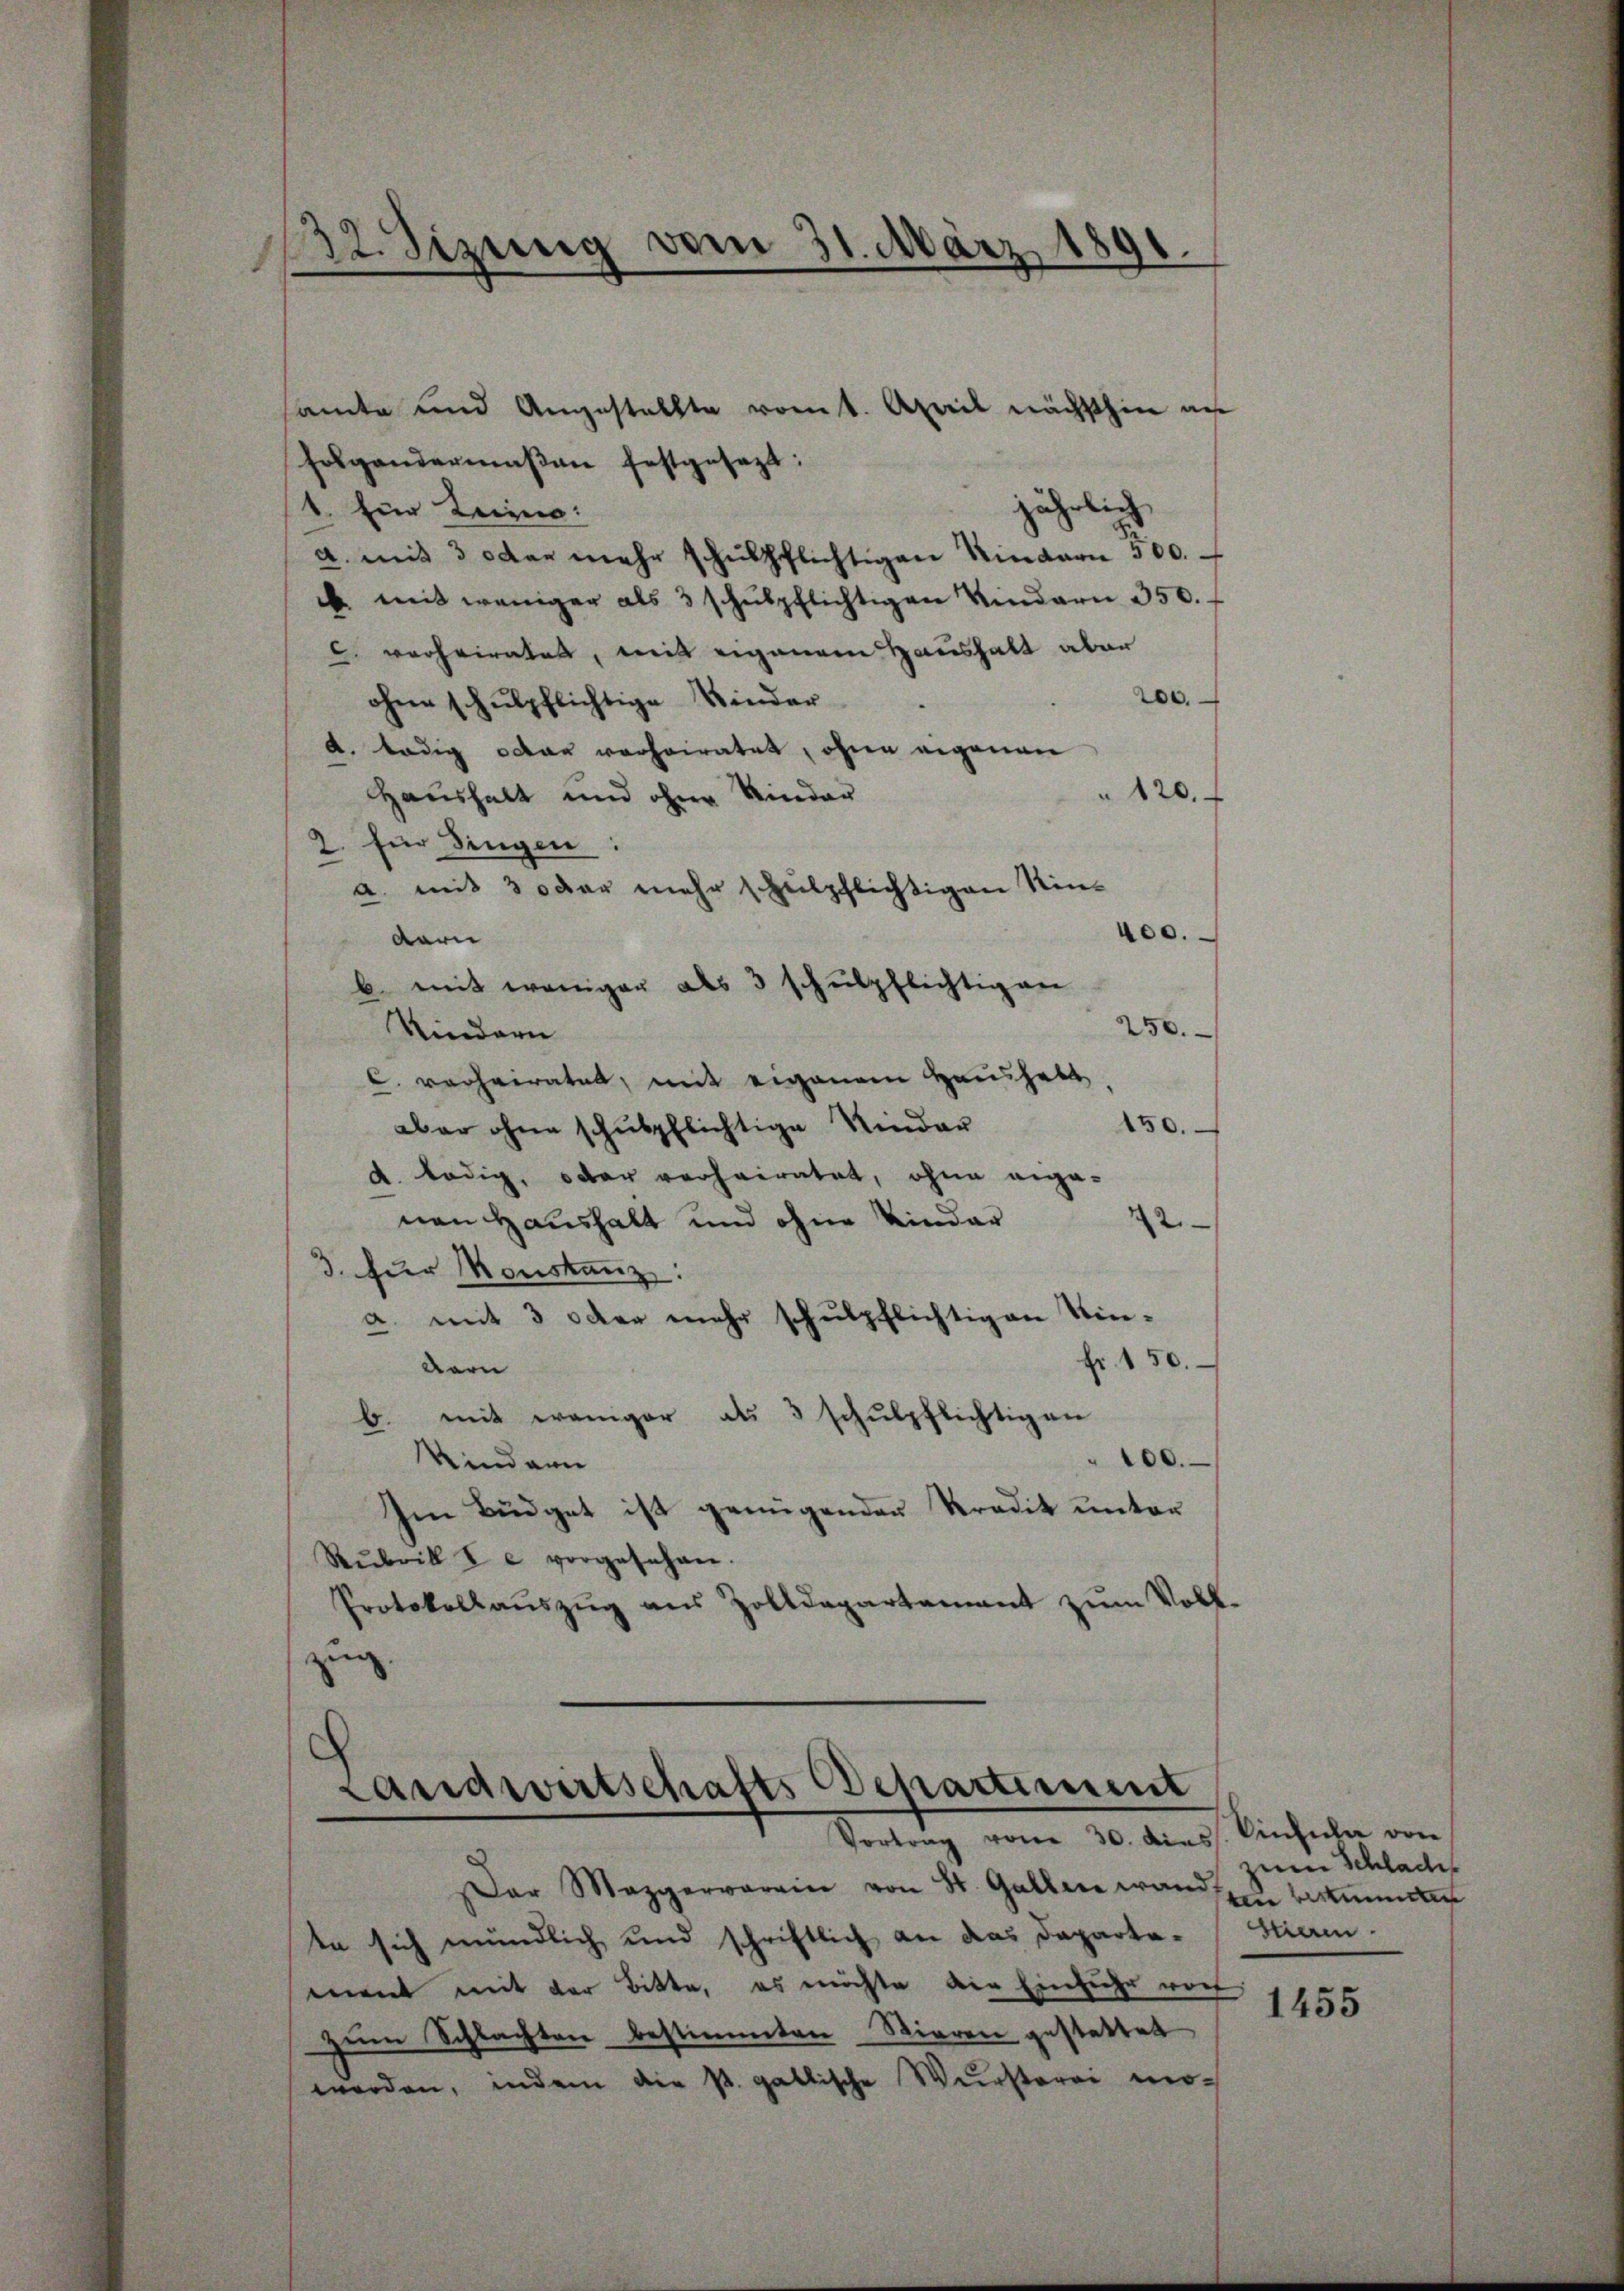
132. Sizung vom 31. März 1891.

amte und Angestellte vom t. April nächsthin au
Folgendermaßen festgesezt:
jährlich
1. Ein Lein:
a. mit 3 oder mehr schŭlpflichtigen Kindern 300.
 mit weniger als 3 schŭlpflichtigen Kindern 350.
 verheirates, mit eigenem Haushalt aber
200.
ohne schulpflichtige Kinder
d. ledig dar vorheiratet, ohne eigenen
" 120.
Haushalt und ohne Kinder
für dingen:
2.
a. mit 3 oder mehr schulpflichtigen Kin¬
400.
dari
b. mit weniger als 3 schŭlpflichtig an
250.
Kindern
C. verheiratet, mit eigenem Haushabt
150.
aber ohne schulpflichtige Kinder
d. ledig, oder verheiratet, ohne angenen Haushalt und ohne Kinder
22
3. für Monstanz:
a. mit 3 oder mehr schulpflichtigen Sinfr. 150.
darn
mit weniger als 3 schulpflichtigen
B.
00.
Kindern
Im Büdget ist genügenden Pradik unter
Rubrik I c. vorgesehen.
Protokollaŭszŭg aŭs Zolldepartamant zŭm Voll-
zug
Landwirtschafts-Departiment
Vortrag vom 30. dies. Einfula von
Der Mezgervarain von St. Gallen wand zu bekannten
te sich mündlich und schriftlich an das Daparta-
eiiert mit der Bitte, es möchte die Einziehe von
zum Schlachten bestimmten Stieren gestattet
worden, indem die st. gallische Wursterei mo-

um Schlade
hiren.

1455